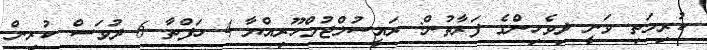
ކުރިމަތި ވަނީ ދިވެހިންގެ ފަރާތުން: ރައީސުލްޖުމްހޫރިއްޔާ 4 ހަފްތާ 6 ދުވަސް ކުރިން